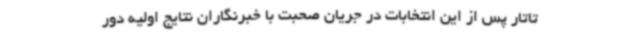
تاتار پس از این انتخابات در جریان صحبت با خبرنگاران نتایج اولیه دور